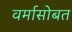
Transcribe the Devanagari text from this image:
वर्मासोबत